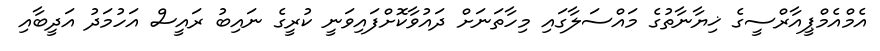
އެމްއެމްޕީއާރްސީގެ ޚިޔާނާތުގެ މައްސަލާގައި މިހާތަނަށް ދައުވާކޮށްފައިވަނީ ކުރީގެ ނައިބު ރައީސް އަހުމަދު އަދީބާއި